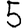
Digit: 5